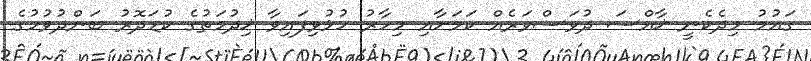
ގައުމު މިދެކެނީ ޚާއްސަ ދުވަސްވަރެއް ކަމަށާއި މިހާރު ހުޅުވިފައިވާ ޚިދުމަތުގެ ކުޑަދޮރު ބަންދުވުމުގެ